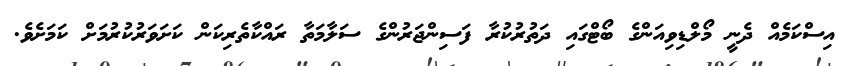
އިސްކަމެއް ދެނީ މޯލްޑިވިއަންގެ ބޯޓްގައި ދަތުރުކުރާ ފަސިންޖަރުންގެ ސަލާމަތާ ރައްކާތެރިކަން ކަށަވަރުކުރުމަށް ކަމަށެވެ.